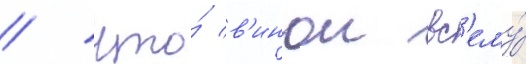
/ что́ в'инои вс'ему́